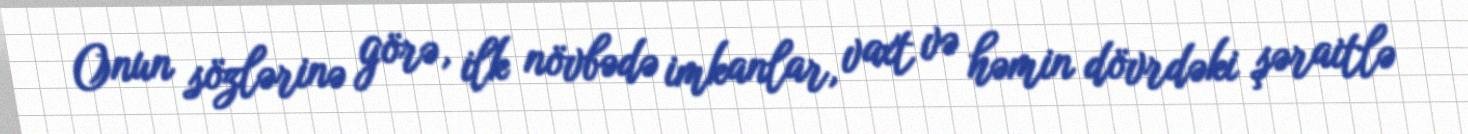
Onun sözlərinə görə, ilk növbədə imkanlar, vaxt və həmin dövrdəki şəraitlə